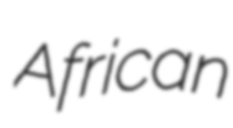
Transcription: African